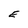
Character: E